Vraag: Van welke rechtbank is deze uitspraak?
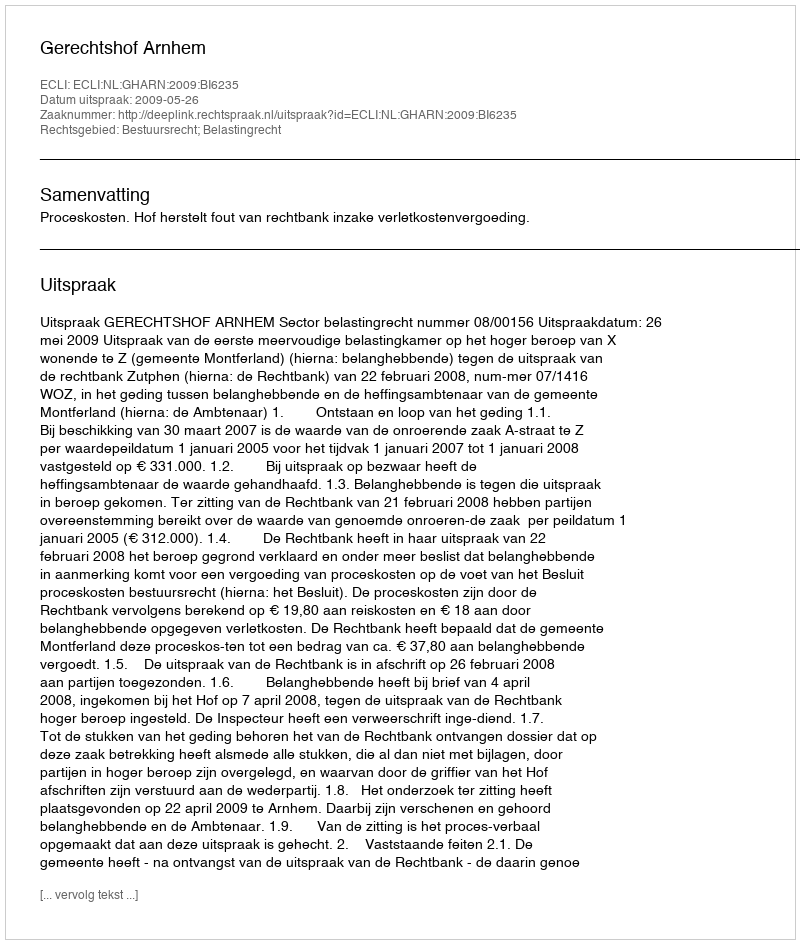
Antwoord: Gerechtshof Arnhem